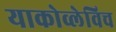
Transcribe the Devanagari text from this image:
याकोव्लेविच